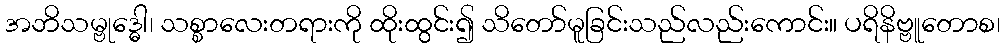
အဘိသမ္ဗုဒ္ဓေါ၊ သစ္စာလေးတရားကို ထိုးထွင်း၍ သိတော်မူခြင်းသည်လည်းကောင်း။ ပရိနိဗ္ဗူတောစ၊